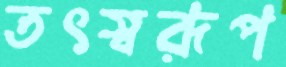
তৎস্বরূপ